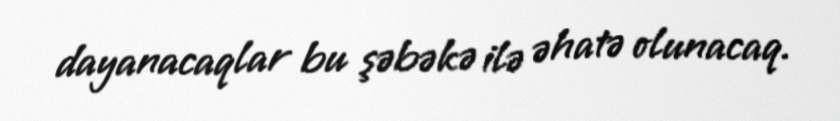
dayanacaqlar bu şəbəkə ilə əhatə olunacaq.